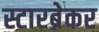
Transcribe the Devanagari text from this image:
स्टारब्रेकर